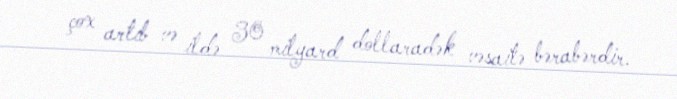
çox artıb və ildə 30 milyard dollaradək vəsaitə bərabərdir.